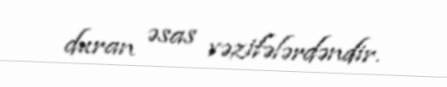
duran əsas vəzifələrdəndir.